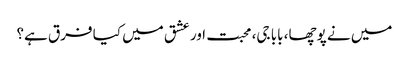
میں نے پوچھا، بابا جی، محبت اور عشق میں کیا فرق ہے؟